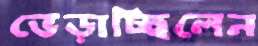
ভেড়াচ্ছিলেন